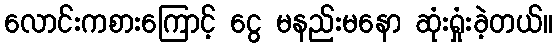
လောင်းကစားကြောင့် ငွေ မနည်းမနော ဆုံးရှုံးခဲ့တယ်။